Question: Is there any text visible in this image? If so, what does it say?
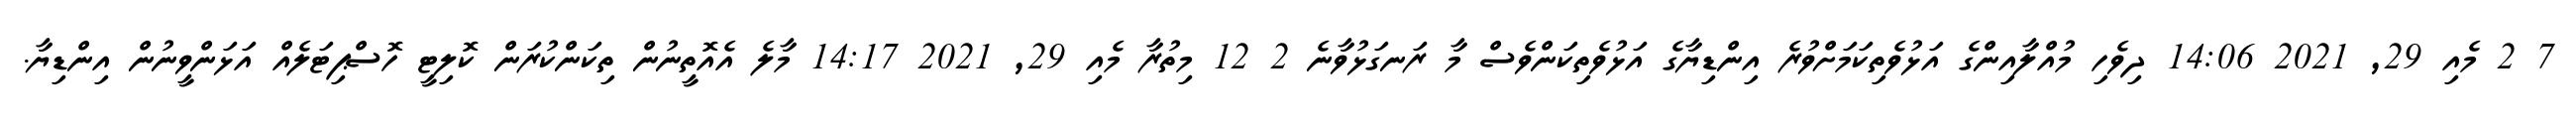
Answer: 7 2 މެއި 29, 2021 14:06 ދިވެހި މުއްލާއިންގެ އަޅުވެތިކަމަށްވުރެ އިންޑިޔާގެ އަޅުވެތިކަންވެސް މާ ރަނގަޅުވާނެ 2 12 މިތުރާ މެއި 29, 2021 14:17 މާލެ އެއޮތީނުން ތިކަންކުރަން ކޮލިޓީ ހޮސްޕިޓަލެއް އަޅަންވީނުން އިންޑިޔާ.